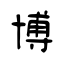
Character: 博